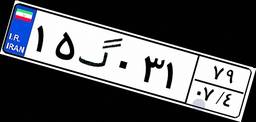
۲۶گ۶۵۳۴۶